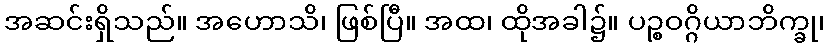
အဆင်းရှိသည်။ အဟောသိ၊ ဖြစ်ပြီ။ အထ၊ ထိုအခါ၌။ ပဉ္စဝဂ္ဂိယာဘိက္ခု၊